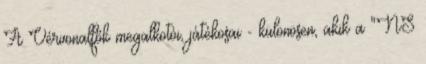
A Vérvonalfők megalkotói, játékosai - különösen, akik a "NS